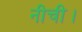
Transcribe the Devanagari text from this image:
नीची।